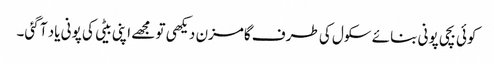
کوئی بچی پونی بنائے سکول کی طرف گامزن دیکھی تو مجھے اپنی بیٹی کی پونی یاد آ گئی۔